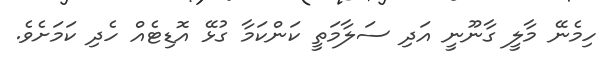
ހިމެނޭ މާލީ ގާނޫނީ އަދި ސަލާމަތީ ކަންކަމާ ގުޅޭ އޮޑިޓެއް ހެދި ކަމަށެވެ.